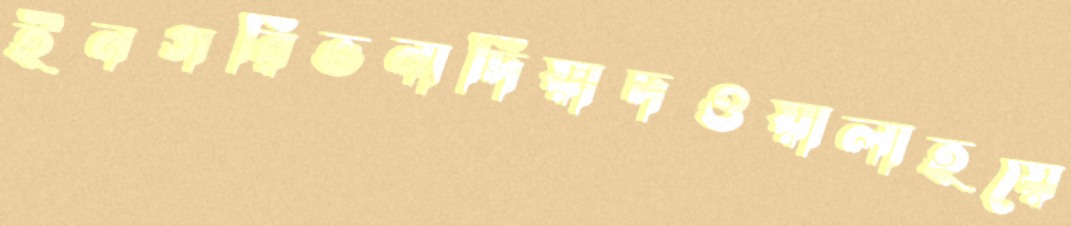
ইনগরিভনাদিয়াদওয়ালাহয়ে